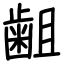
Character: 𪗱